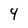
Character: 4